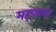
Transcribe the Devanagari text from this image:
मङ्कण